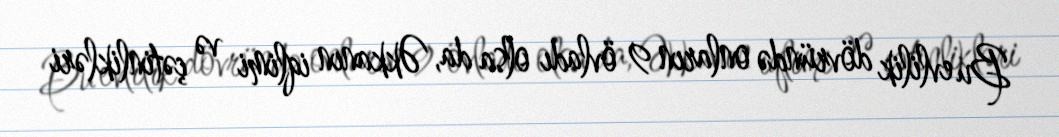
Bu evlilik dövründə onların 9 övladı olsa da, Əkkanın iqlimi və çətinlikləri